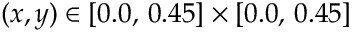
( x , y ) \in [ 0 . 0 , \, 0 . 4 5 ] \times [ 0 . 0 , \, 0 . 4 5 ]